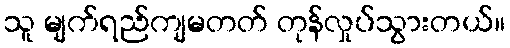
သူ မျက်ရည်ကျမတတ် တုန်လှုပ်သွားတယ်။